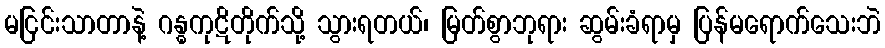
မငြင်းသာတာနဲ့ ဂန္ဓကုဋိတိုက်သို့ သွားရတယ်၊ မြတ်စွာဘုရား ဆွမ်းခံရာမှ ပြန်မရောက်သေးဘဲ